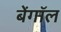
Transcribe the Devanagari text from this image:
बेंगाॅल